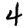
Digit: 4